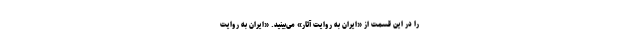
را در این قسمت از «ایران به روایت آثار» می‌بینید. «ایران به روایت